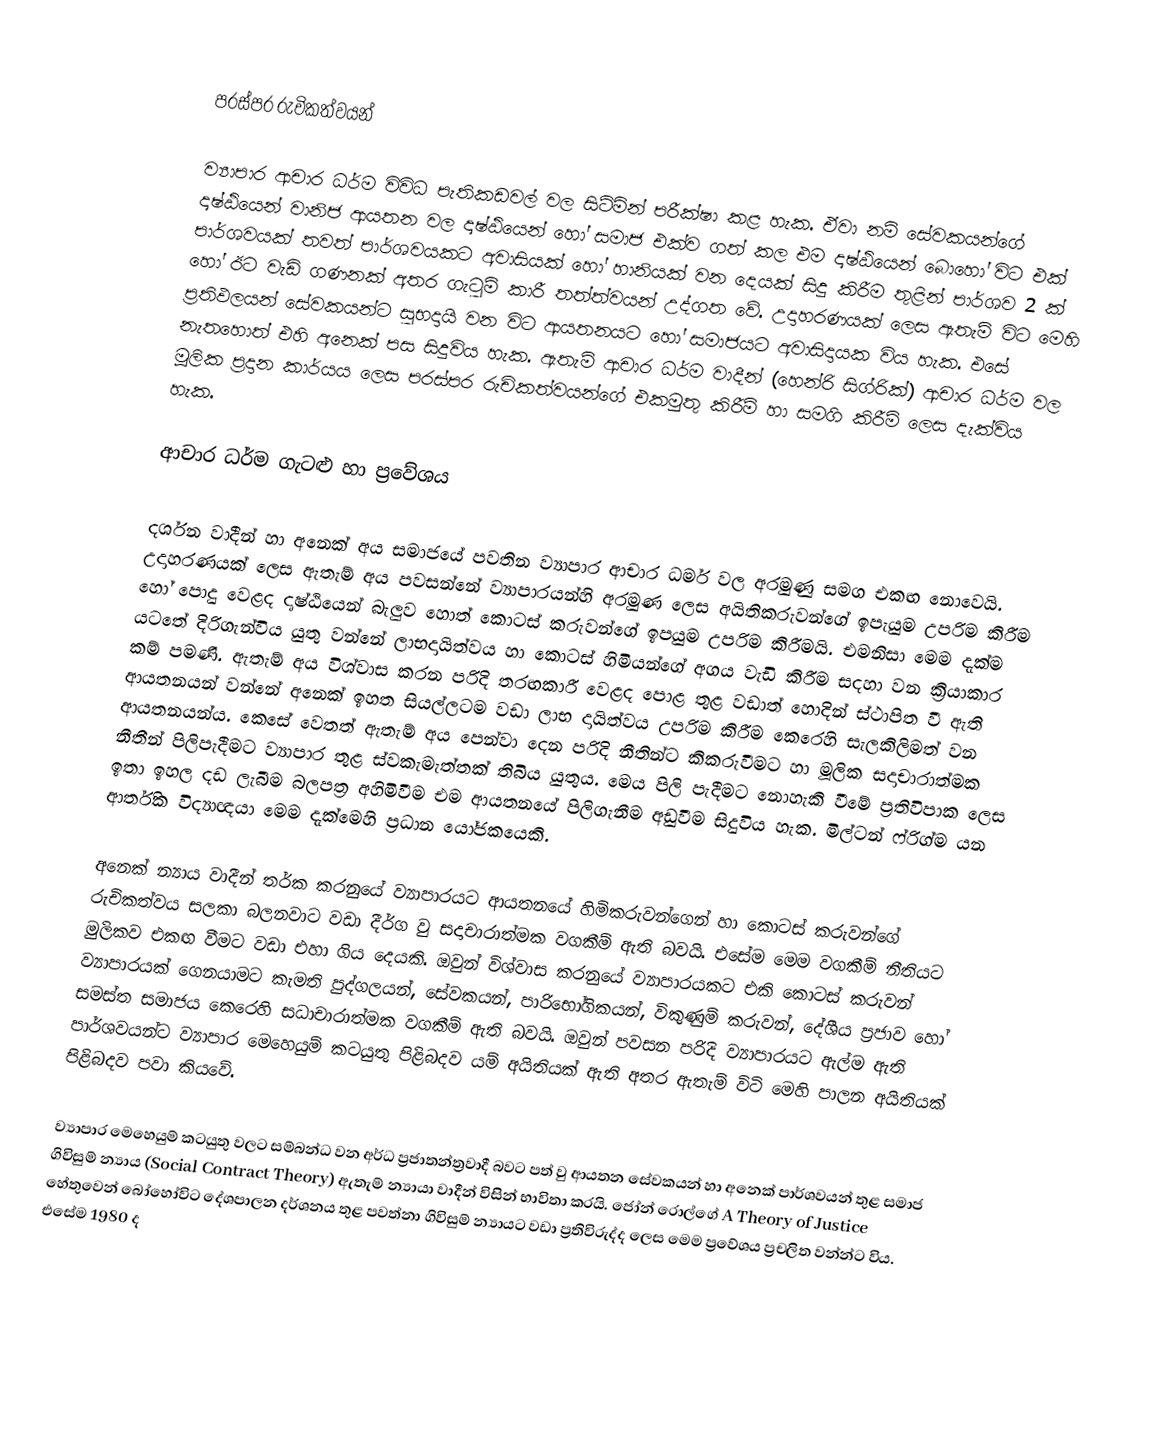

පරස්පර රුචිකත්වයන්

ව්‍යාපාර ආචාර ධර්ම විවිධ පැතිකඩවල් වල සිටිමින් පරීක්ෂා කළ හැක. ඒවා නම් සේවකයන්ගේ දෘෂ්ඨියෙන් වානිජ ආයතන වල දෘෂ්ඨියෙන් හෝ සමාජ එක්ව ගත් කල එම දෘෂ්ඨියෙන් බොහෝ විට එක් පාර්ශවයක් තවත් පාර්ශවයකට අවාසියක් හෝ හානියක් වන දෙයක් සිදු කිරීම තුළින් පාර්ශව 2 ක් හෝ ඊට වැඩි ගණනක් අතර ගැටුම් කාරී තත්ත්වයන් උද්ගත වේ. උදාහරණයක් ලෙස ඇතැම් විට මෙහි ප්‍රතිඵලයන් සේවකයන්ට සුභදායි වන විට ආයතනයට හෝ සමාජයට අවාසිදායක විය හැක.  එසේ නැතහොත් එහි අනෙක් පස සිදුවිය හැක. ඇතැම් ආචාර ධර්ම වාදීන් (හෙන්රි සිග්රික්) ආචාර ධර්ම වල මූලික ප්‍රදාන කාර්යය ලෙස පරස්පර රුචිකත්වයන්ගේ එකමුතු කිරීම් හා සමගි කිරීම් ලෙස දැක්විය හැක.

ආචාර ධර්ම ගැටළු හා ප්‍රවේශය

දර්ශන වාදීන් හා අනෙක් අය සමාජයේ පවතින ව්‍යාපාර ආචාර ධර්ම වල අරමුණු සමග එකඟ නොවෙයි. උදාහරණයක් ලෙස ඇතැම් අය පවසන්නේ ව්‍යාපාරයන්හි අරමුණ ලෙස අයිතිකරුවන්ගේ ඉපැයුම උපරිම කිරීම හෝ පොදු වෙළද දෘෂ්ඨියෙන් බැලුව හොත් කොටස් කරුවන්ගේ ඉපයුම උපරිම කිරීමයි. එමනිසා මෙම දැක්ම යටතේ දිරිගැන්විය යුතු වන්නේ ලාභදායිත්වය හා කොටස් හිමියන්ගේ අගය වැඩි කිරීම සදහා වන ක්‍රියාකාර කම් පමණි. ඇතැම් අය විශ්වාස කරන පරිදි තරඟකාරී වෙළද පොළ තුළ වඩාත් හොදින් ස්ථාපිත වී ඇති ආයතනයන් වන්නේ අනෙක් ඉහත සියල්ලටම වඩා ලාභ දායිත්වය උපරිම කිරීම කෙරෙහි සැලකිලිමත් වන ආයතනයන්ය. කෙසේ වෙතත් ඇතැම් අය පෙන්වා දෙන පරිදි නීතින්ට කිකරුවීමට හා මූලික සදාචාරාත්මක නීතීන් පිලිපැදීමට ව්‍යාපාර තුළ ස්වකැමැත්තක් තිබිය යුතුය. මෙය පිලි පැදීමට නොහැකි වීමේ ප්‍රතිවිපාක ලෙස ඉතා ඉහල දඩ ලැබීම බලපත්‍ර අහිමිවීම එම ආයතනයේ පිලිගැනීම අඩුවීම සිදුවිය හැක. මිල්ටන් ෆ්රිග්ම යන ආර්තික විද්‍යාඥයා මෙම දැක්මෙහි ප්‍රධාන යෝජකයෙකි.

අනෙක් න්‍යාය වාදීන් තර්ක කරනුයේ ව්‍යාපාරයට ආයතනයේ හිමිකරුවන්ගෙන් හා කොටස් කරුවන්ගේ රුචිකත්වය සලකා බලනවාට වඩා දීර්ග වු සදාචාරාත්මක වගකීම් ඇති බවයි. එසේම මෙම වගකීම්  නීතියට මුලිකව එකඟ වීමට වඩා එහා ගිය දෙයකි. ඔවුන් විශ්වාස කරනුයේ ව්‍යාපාරයකට එකි කොටස් කරුවන් ව්‍යාපාරයක් ගෙනයාමට කැමති පුද්ගලයන්, සේවකයන්, පාරිභෝගිකයන්, විකුණුම් කරුවන්, දේශීය ප්‍රජාව හෝ සමස්ත සමාජය කෙරෙහි සධාචාරාත්මක වගකීම් ඇති බවයි. ඔවුන් පවසන පරිදි ව්‍යාපාරයට ඇල්ම ඇති පාර්ශවයන්ට ව්‍යාපාර මෙහෙයුම් කටයුතු පිළිබදව යම් අයිතියක් ඇති අතර ඇතැම් විටි මෙහි පාලන අයිතියක් පිළිබදව පවා කියවේ.

ව්‍යාපාර මෙහෙයුම් කටයුතු වලට සම්බන්ධ වන අර්ධ ප්‍රජාතන්ත්‍රවාදී බවට පත් වු ආයතන සේවකයන් හා අනෙක් පාර්ශවයන් තුළ සමාජ ගිවිසුම් න්‍යාය (Social Contract Theory) ඇතැම් න්‍යායා වාදීන් විසින් භාවිතා කරයි. ජෝන් රොල්ගේ A Theory of Justice හේතුවෙන් බෝහෝවිට දේශපාලන දර්ශනය තුළ පවත්නා ගිවිසුම් න්‍යායට වඩා ප්‍රතිවිරුද්ද ලෙස මෙම ප්‍රවේශය ප්‍රචලිත වන්න්ට විය. එසේම 1980 ද